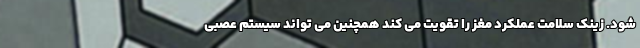
شود. زینک سلامت عملکرد مغز را تقویت می کند همچنین می تواند سیستم عصبی